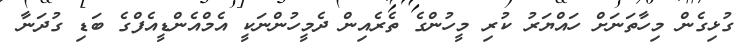
ގުޅިގެން މިހާތަނަށް ހައްޔަރު ކުރި މީހުންގެ ތެރެއިން ދެމީހުންނަކީ އެމްއެންޑީއެފްގެ ބަޑި ގުދަނާ